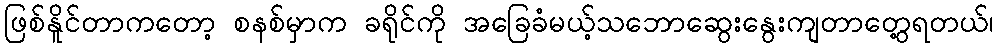
ဖြစ်နိူင်တာကတော့ စနစ်မှာက ခရိုင်ကို အခြေခံမယ့်သဘောဆွေးနွေးကျတာတွေ့ရတယ်၊